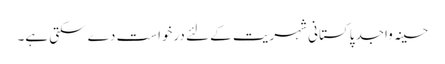
حسینہ واجد پاکستانی شہریت کے لئے درخواست دے سکتی ہے۔